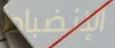
الإنضباط